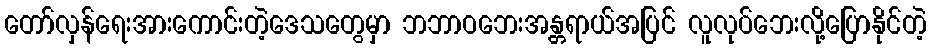
တော်လှန်ရေးအားကောင်းတဲ့ဒေသတွေမှာ ဘဘာဝဘေးအန္တရာယ်အပြင် လူလုပ်ဘေးလို့ပြောနိုင်တဲ့